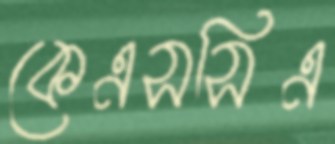
কেএসসিএ